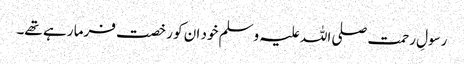
رسولِ رحمت صلی اللہ علیہ وسلم خود ان کو رخصت فرما رہے تھے۔